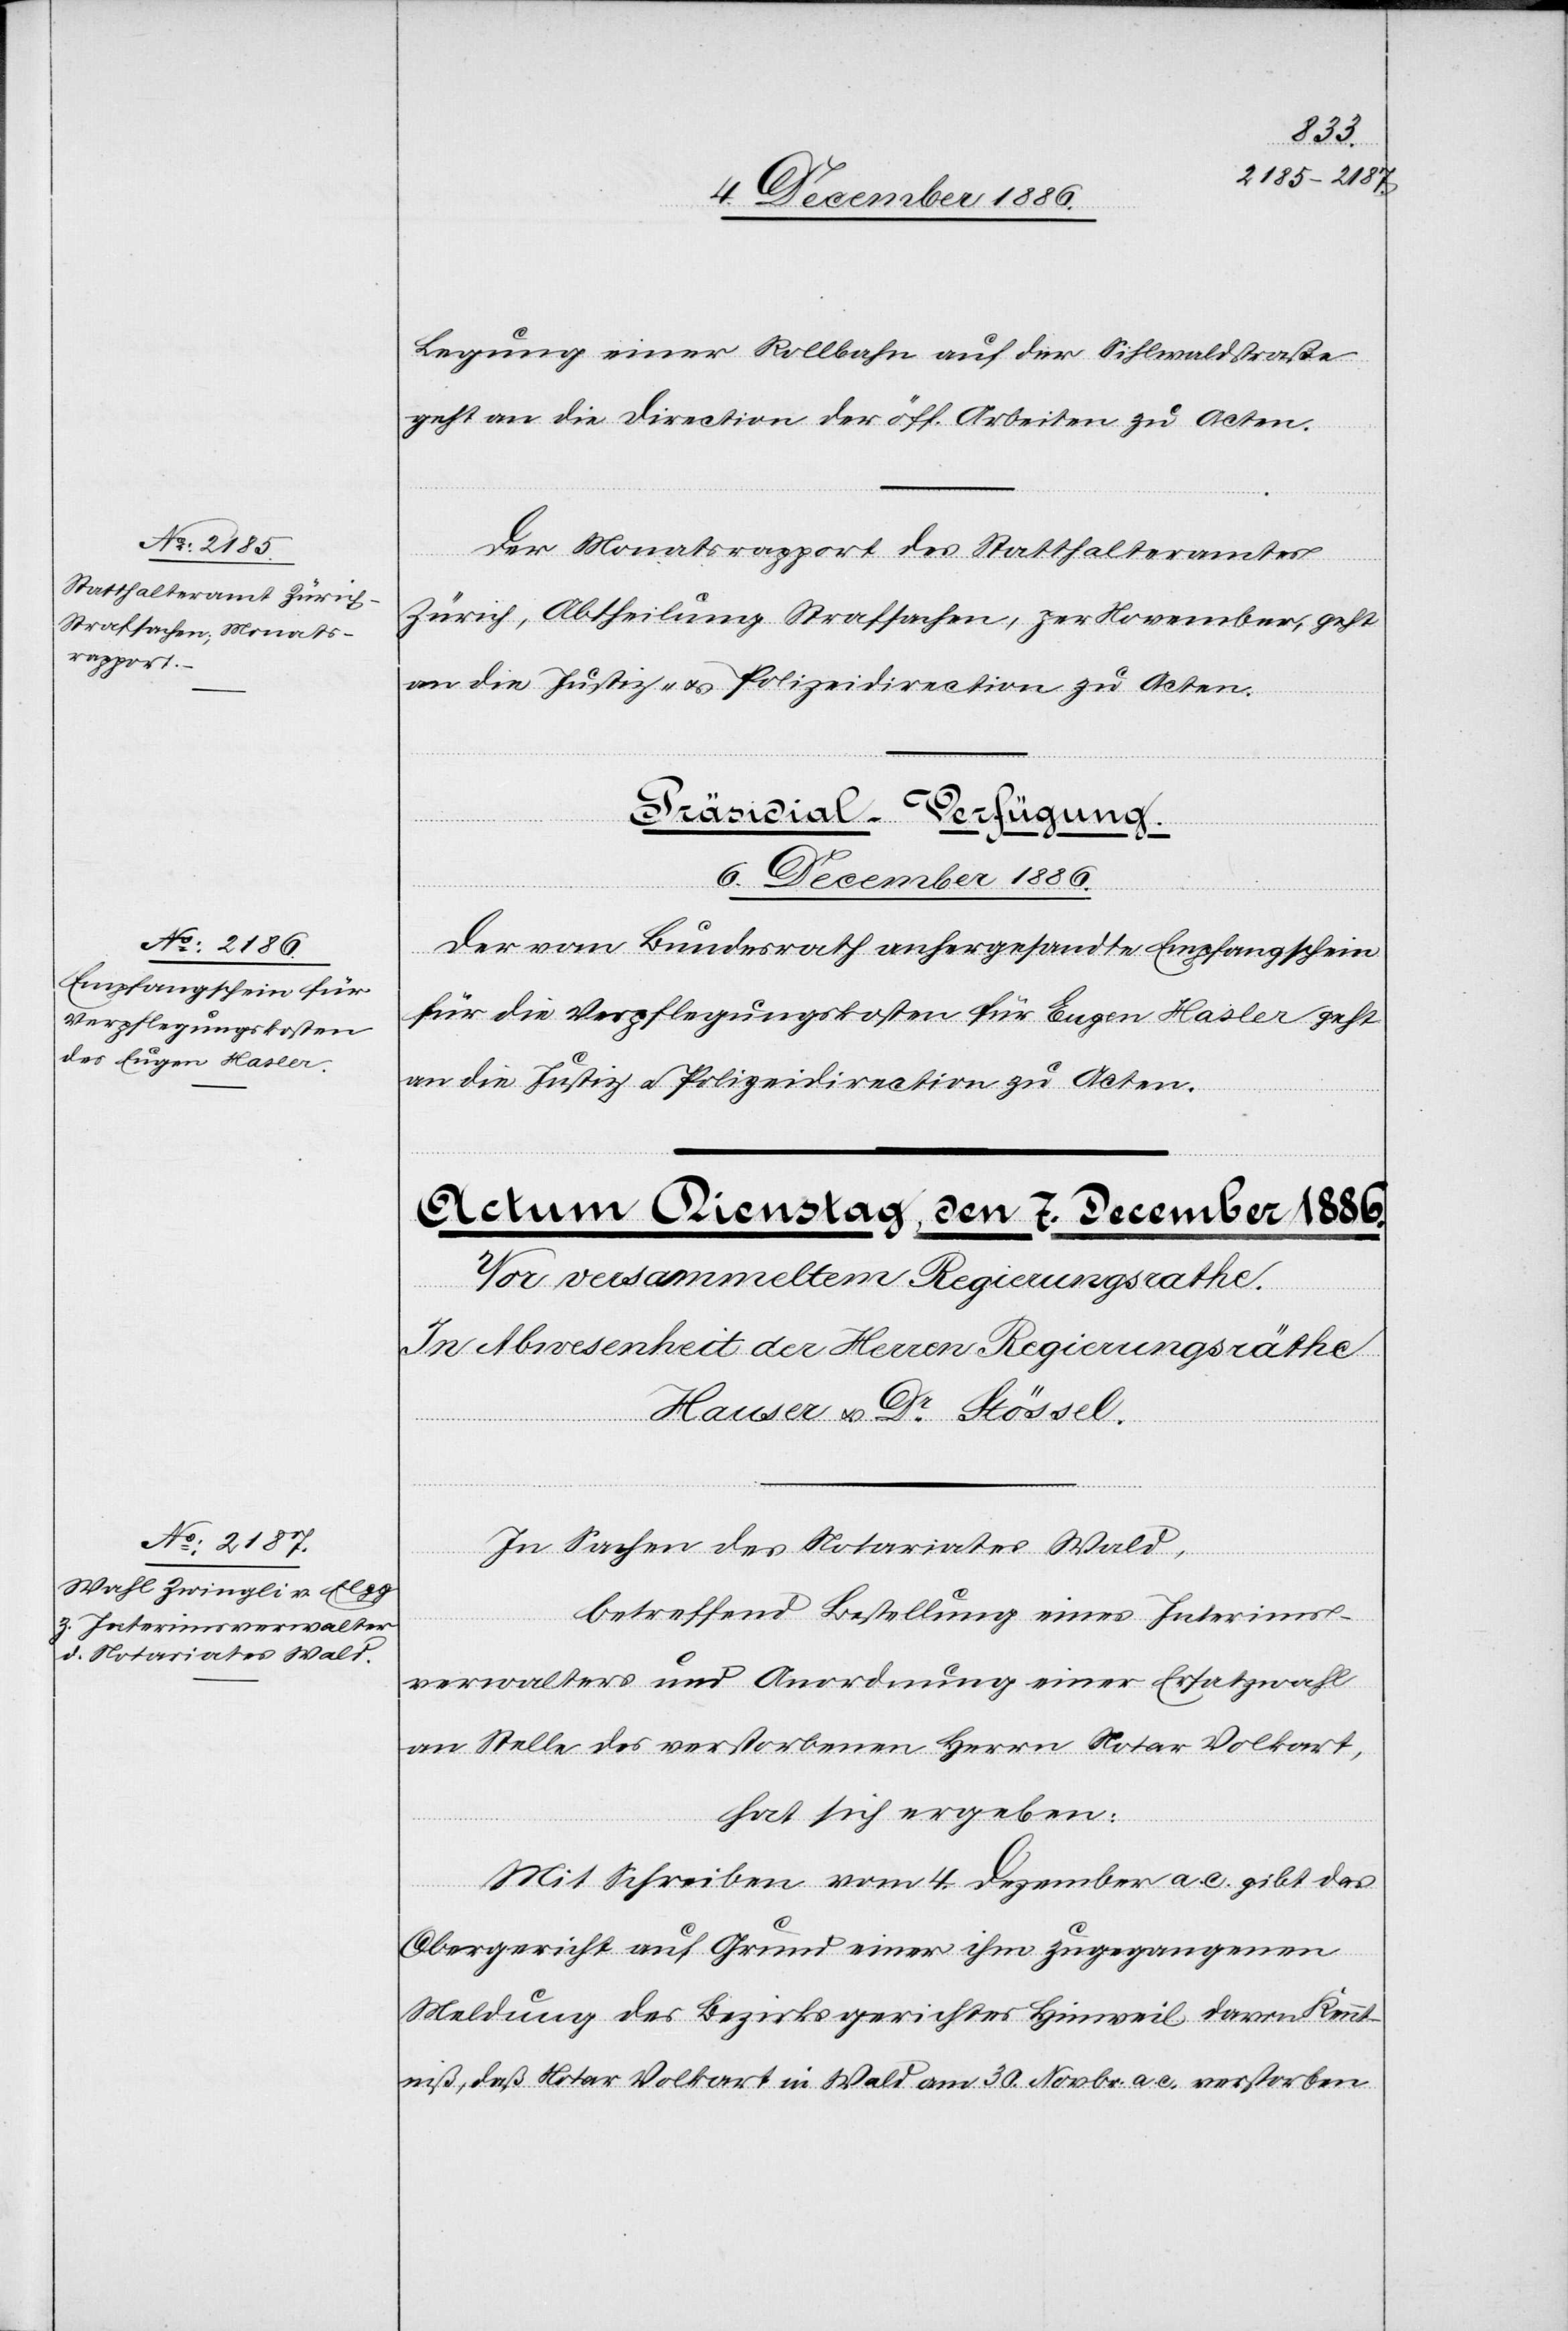
Legung einer Rollbahn auf der Sihlwaldstraße
geht an die Direction der öff. Arbeiten zu Acten.
Der Monatsrapport des Statthalteramtes
Zürich, Abtheilung Strafsachen, per November, geht
an die Justiz- & Polizeidirection zu Acten.
Präsidial-Verfügung.
6. December 1886.
Der vom Bundesrath anhergesandte Empfangschein
für die Verpflegungskosten für Eugen Hasler geht
an die Justiz- & Polizeidirection zu Acten.
In Sachen des Notariates Wald,
betreffend Bestellung eines Interims¬
verwalters und Anordnung einer Ersatzwahl
an Stelle des verstorbenen Herrn Notar Volkart,
hat sich ergeben:
Mit Schreiben vom 4. Dezember a. c. gibt das
Obergericht auf Grund einer ihm zugegangenen
Meldung des Bezirksgerichtes Hinweil davon Kennt¬
niß, daß Notar Volkart in Wald am 30. Novbr. a. c. verstorben